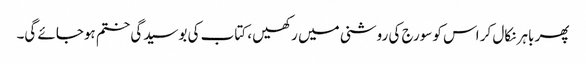
پھر باہر نکال کر اس کو سورج کی روشنی میں رکھیں ، کتاب کی بوسیدگی ختم ہوجائے گی۔